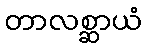
တာလစ္ဆာယံ